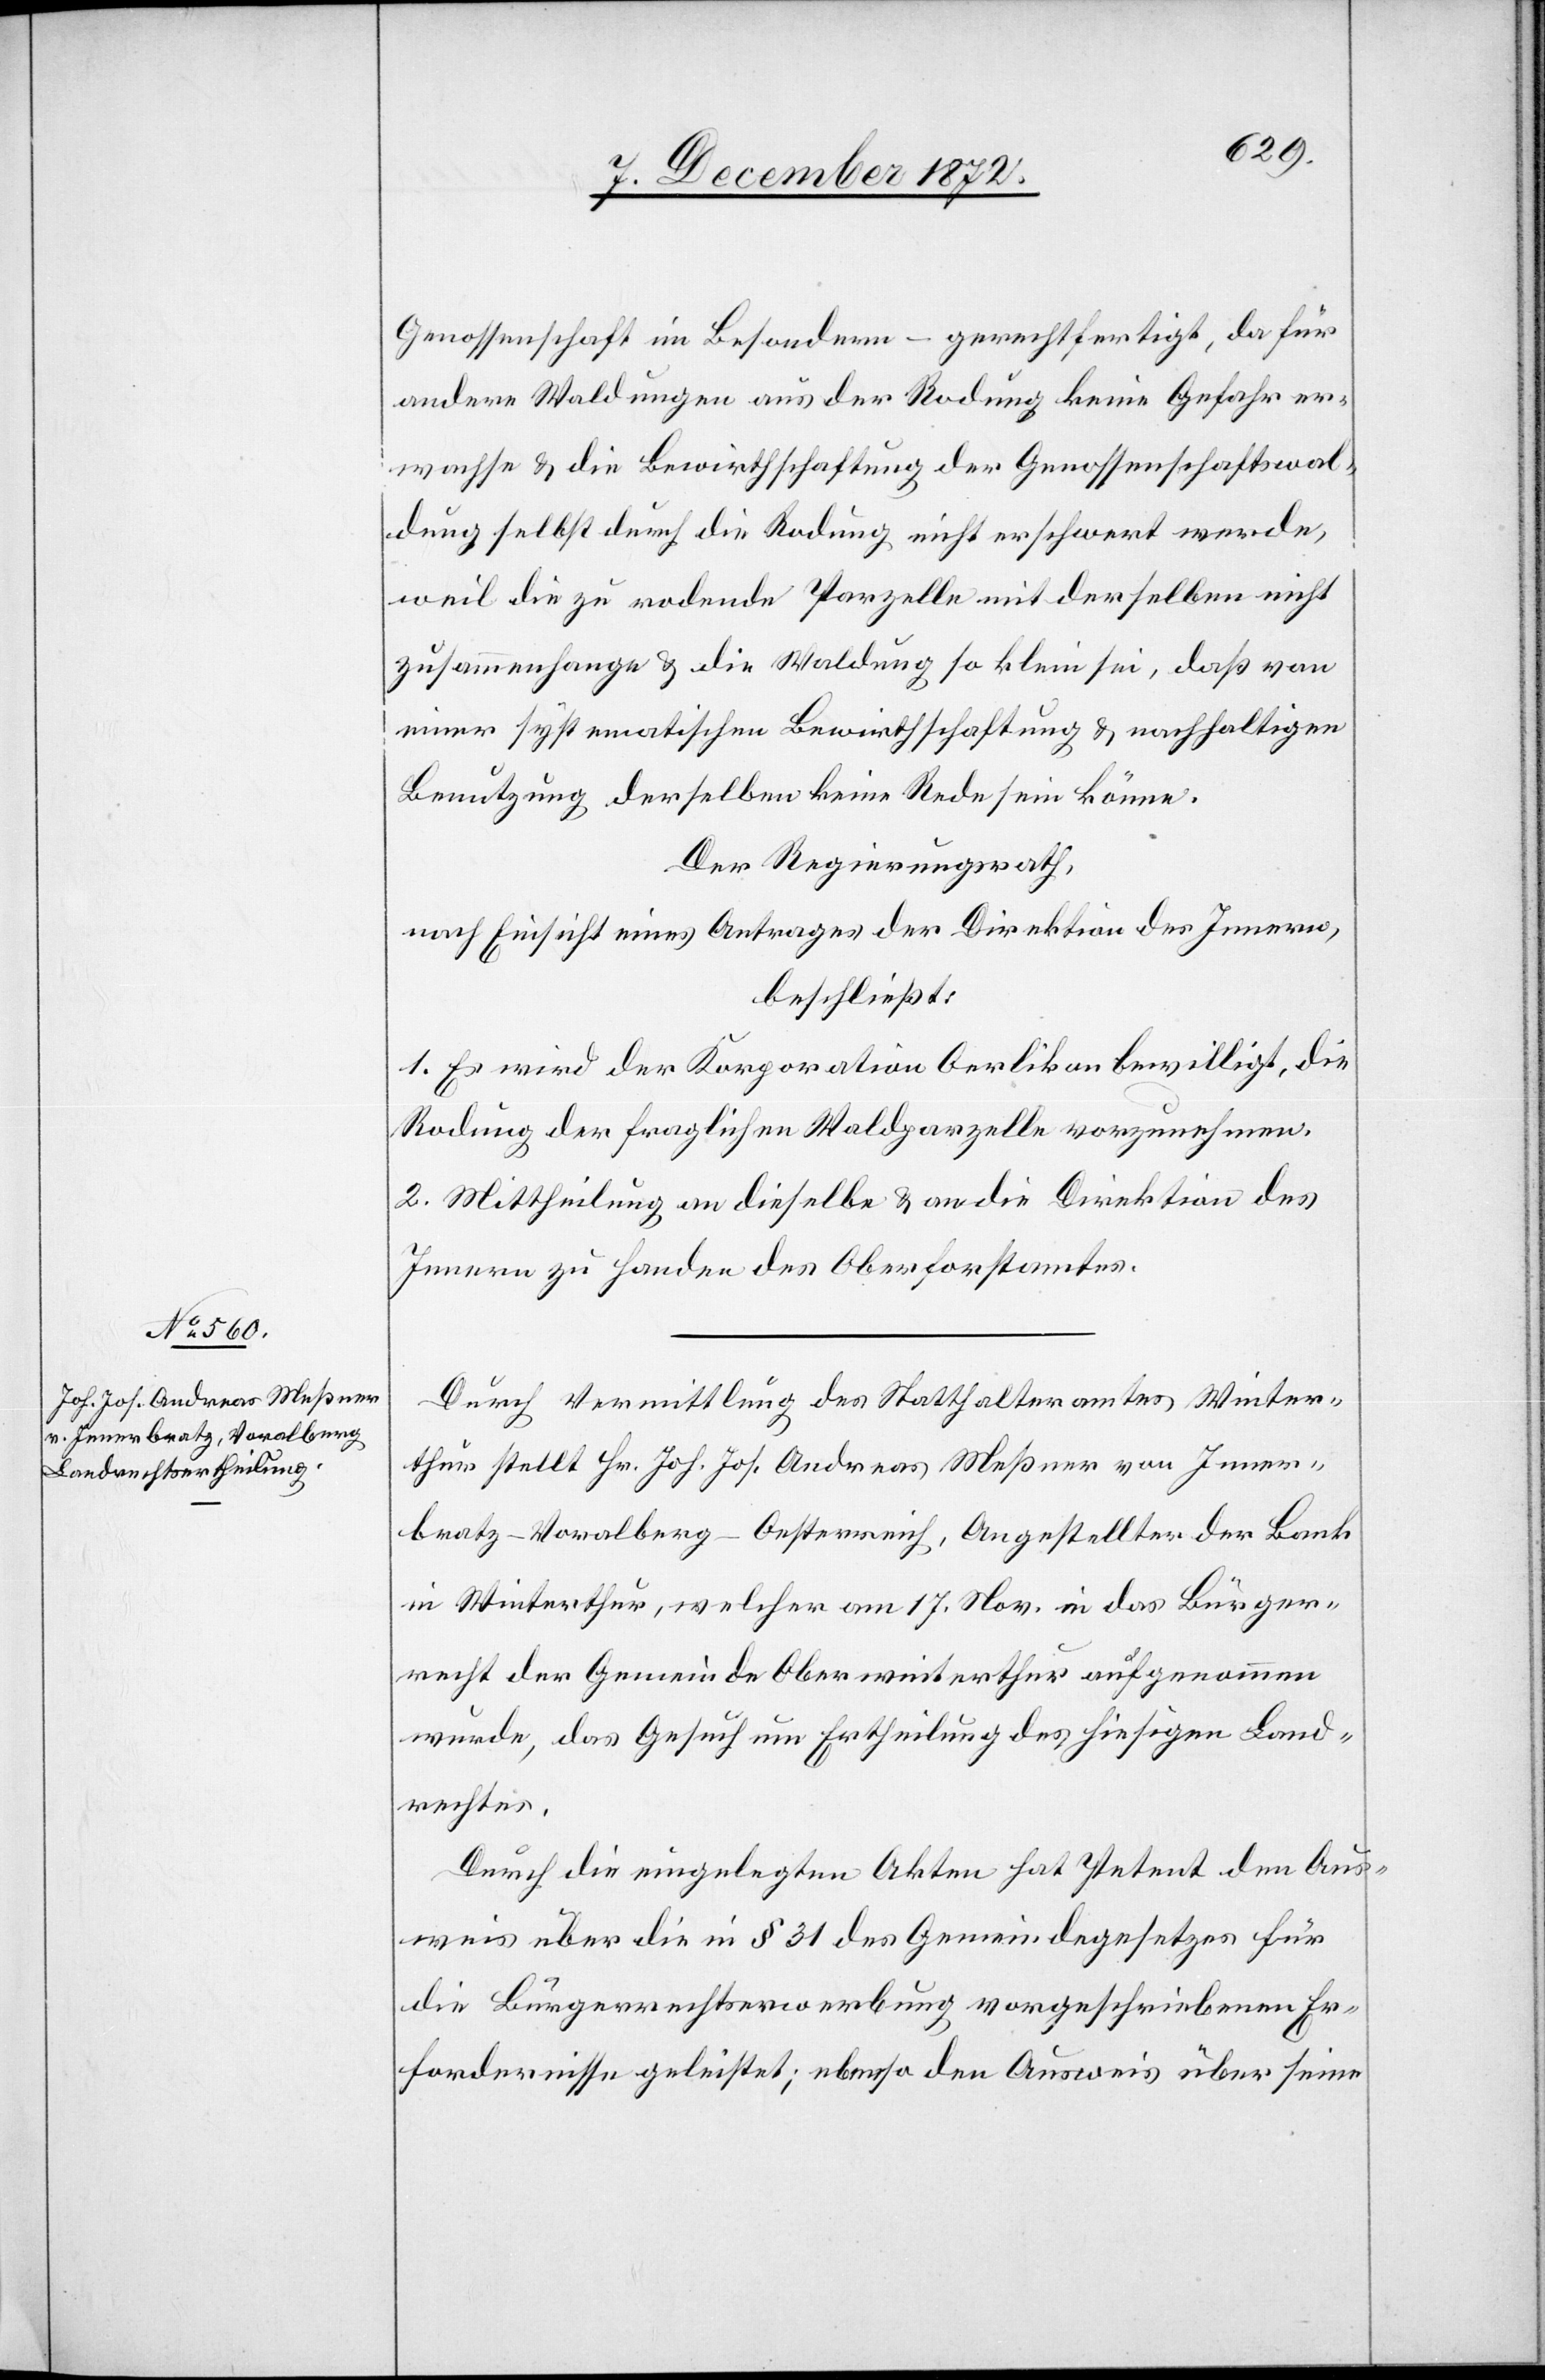
Genossenschaft im Besondern – gerechtfertigt, da für
andere Waldungen aus der Rodung keine Gefahr er¬
wachse u. die Bewirthschaftung der Genossenschaftswal¬
dung selbst durch die Rodung nicht erschwert werde,
weil die zu rodende Parzelle mit derselben nicht
zusammenhange u. die Waldung so klein sei, daß von
einer systematischen Bewirthschaftung u. nachhaltigen
Benutzung derselben keine Rede sein könne.
Der Regierungsrath,
nach Einsicht eines Antrages der Direktion des Innern,
beschließt:
1. Es wird der Korporation Oerlikon bewilligt, die
Rodung der fraglichen Waldparzelle vorzunehmen.
2. Mittheilung an dieselbe u. an die Direktion des
Innern zu Handen des Oberforstamtes.
Durch Vermittlung des Statthalteramtes Winter¬
thur stellt Hr. Joh. Jos. Andreas Meßner von Inner¬
bratz-Voralberg-Oesterreich, Angestellter der Bank
in Winterthur, welcher am 17. Nov. in das Bürger¬
recht der Gemeinde Oberwinterthur aufgenommen
wurde, das Gesuch um Ertheilung des hiesigen Land¬
rechtes.
Durch die eingelegten Akten hat Petent den Aus¬
weis über die in § 31 des Gemeindegesetzes für
die Bürgerrechtserwerbung vorgeschriebenen Er¬
fordernisse geleistet; ebenso den Ausweis über seine